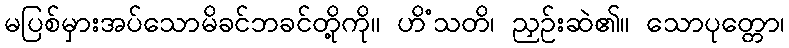
မပြစ်မှားအပ်သောမိခင်ဘခင်တို့ကို။ ဟိံသတိ၊ ညှဉ်းဆဲ၏။ သောပုတ္တော၊